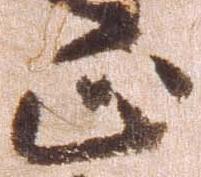
正